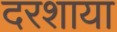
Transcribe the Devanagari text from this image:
दरशाया